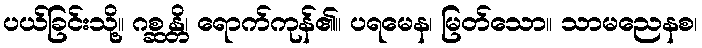
ပယ်ခြင်းသို့။ ဂစ္ဆန္တိ၊ ရောက်ကုန်၏။ ပရမေန၊ မြတ်သော။ သာမညေနစ၊